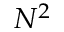
N ^ { 2 }